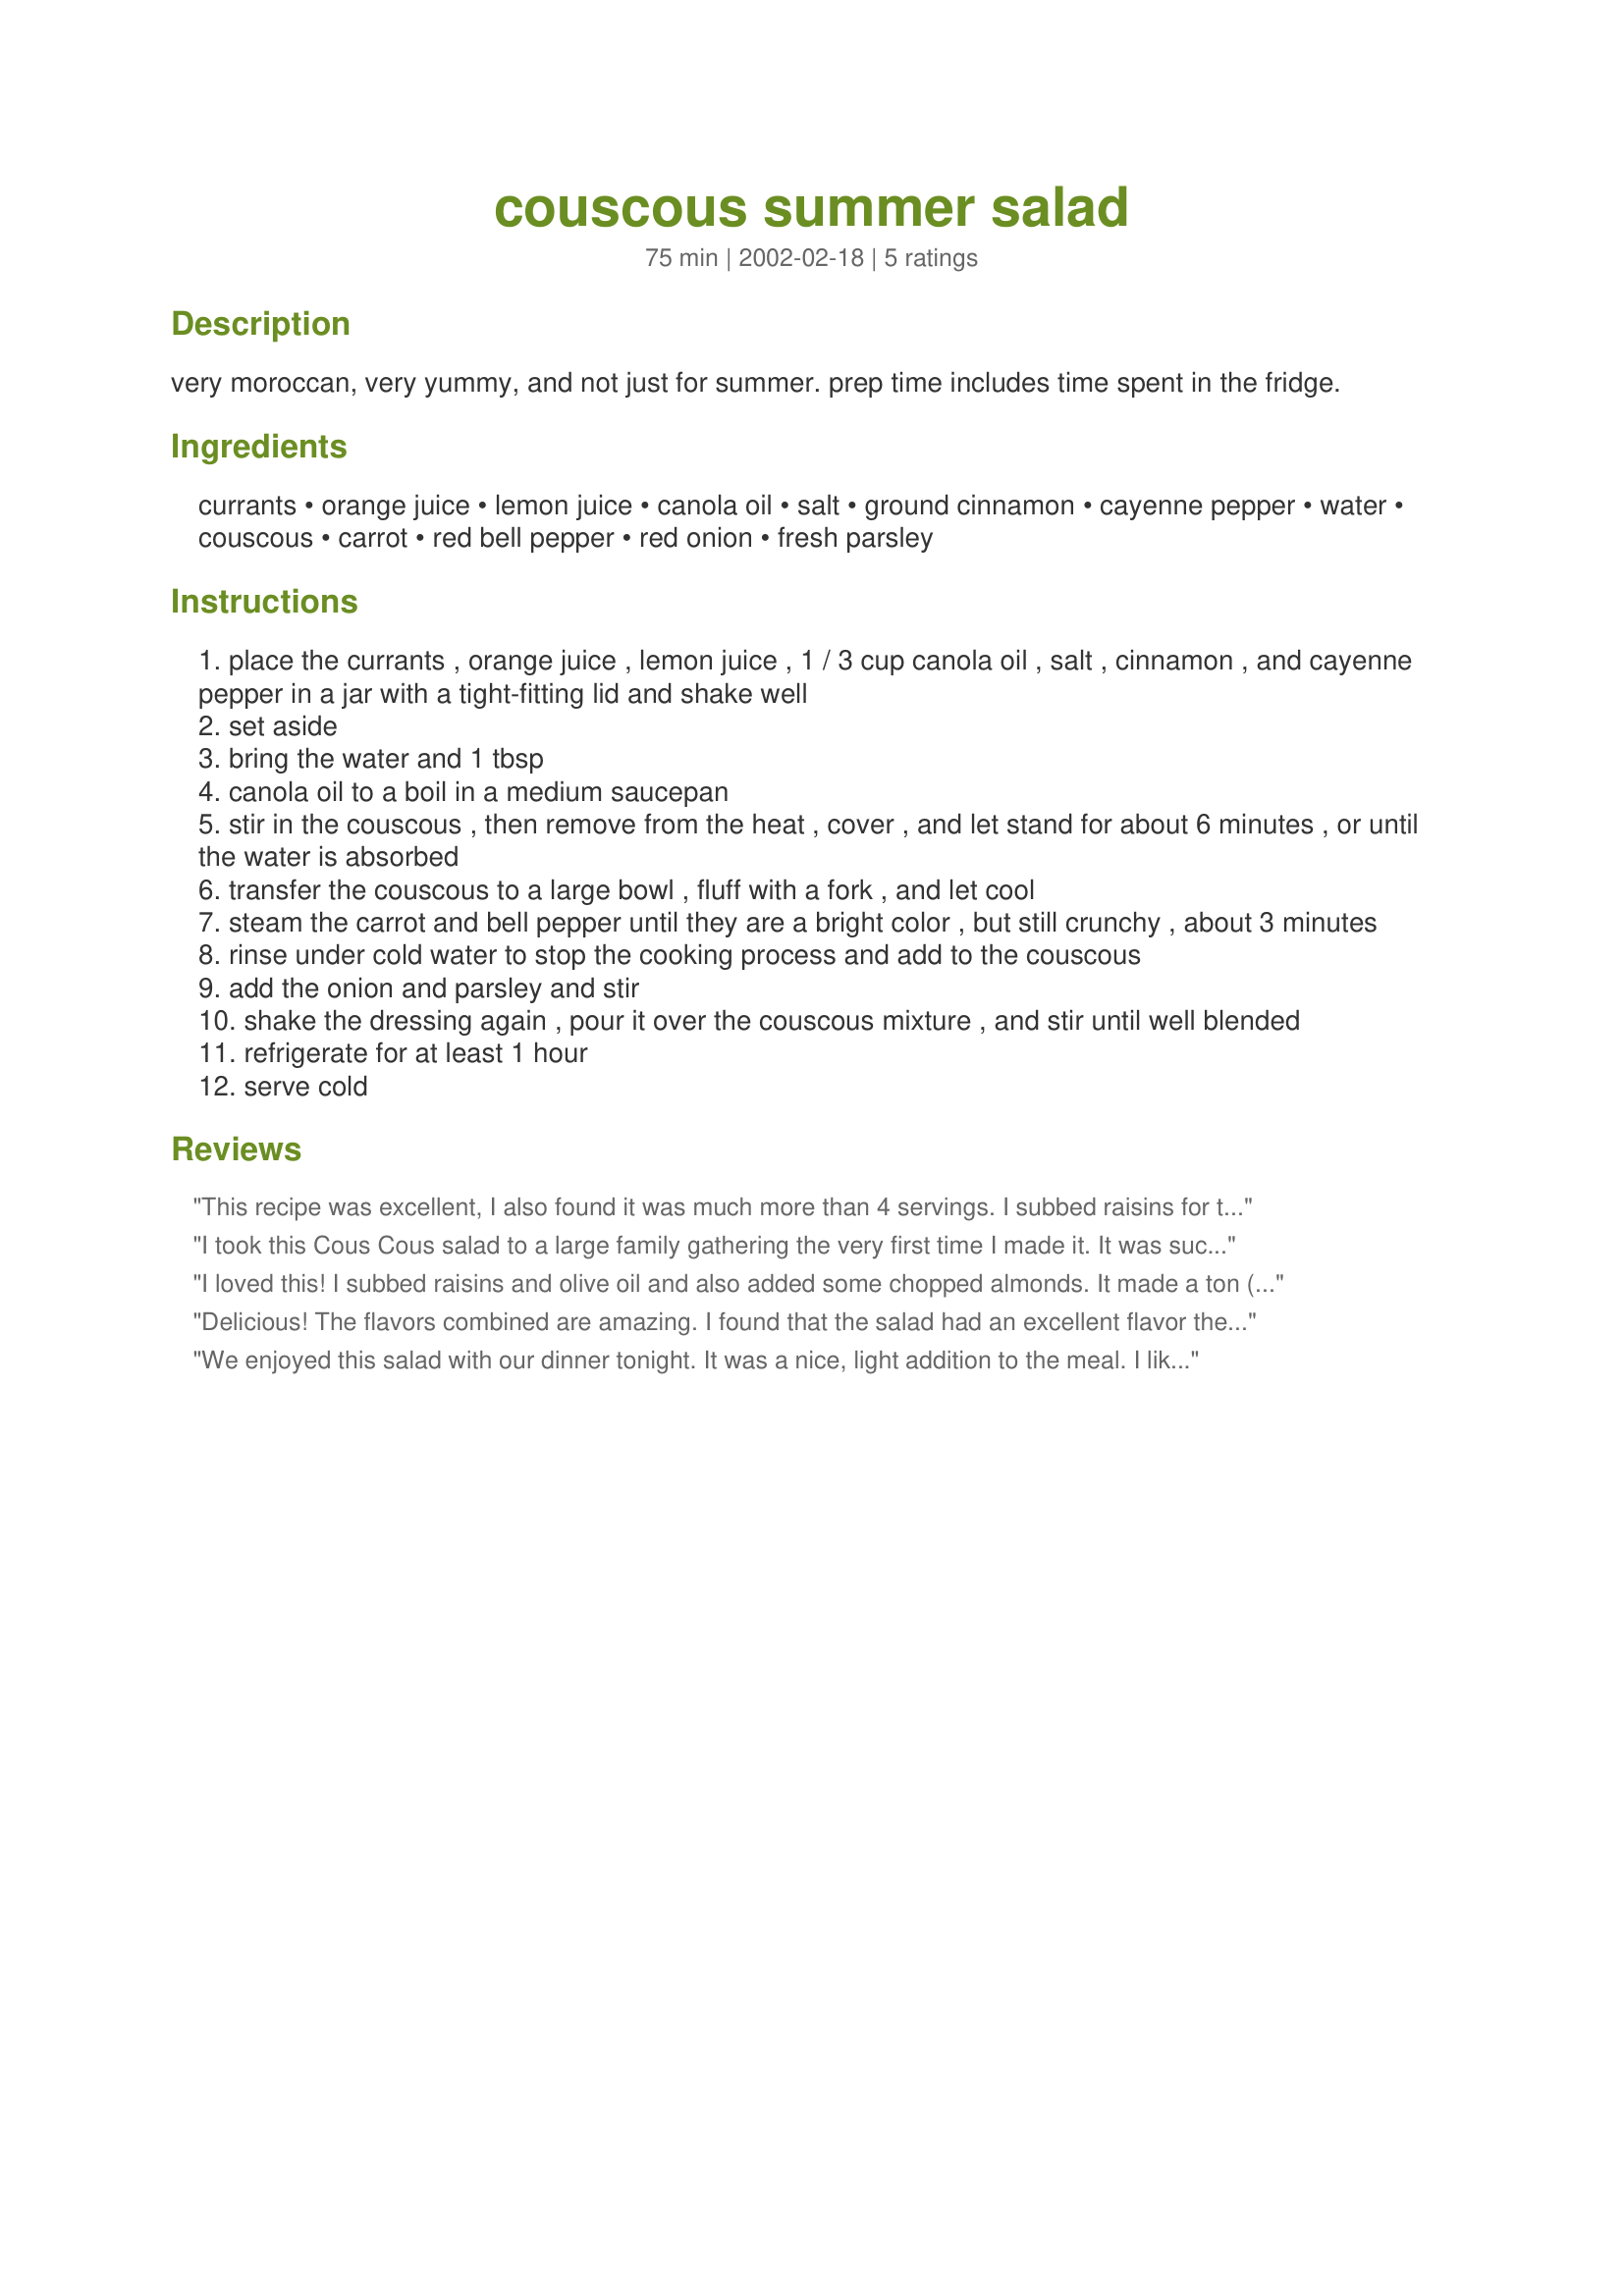
couscous summer salad
Preparation time: 75 minutes

very moroccan, very yummy, and not just for summer. prep time includes time spent in the fridge.

Ingredients:
currants, orange juice, lemon juice, canola oil, salt, ground cinnamon, cayenne pepper, water, couscous, carrot, red bell pepper, red onion, fresh parsley

Steps:
place the currants , orange juice , lemon juice , 1 / 3 cup canola oil , salt , cinnamon , and cayenne pepper in a jar with a tight-fitting lid and shake well
set aside
bring the water and 1 tbsp
canola oil to a boil in a medium saucepan
stir in the couscous , then remove from the heat , cover , and let stand for about 6 minutes , or until the water is absorbed
transfer the couscous to a large bowl , fluff with a fork , and let cool
steam the carrot and bell pepper until they are a bright color , but still crunchy , about 3 minutes
rinse under cold water to stop the cooking process and add to the couscous
add the onion and parsley and stir
shake the dressing again , pour it over the couscous mixture , and stir until well blended
refrigerate for at least 1 hour
serve cold

Reviews:
This recipe was excellent, I also found it was much more than 4 servings. I subbed raisins for the currants as well, and added chopped walnuts. The walnuts gave it an excellent nutty flavor in combination w/ the raisins. It was delicious.
I took this Cous Cous salad to a large family gathering the very first time I made it. It was such a beautiful salad I put it in a glass bowl and received many "Ohhh, that's a beautiful salad, what is it ? " comments. When I mentioned that it was a 'cous cous salad', they took a small spoonful and tried it and immediately came back for more, then for more again...there wasn't any salad left to take home as I had hoped. Young children also came for seconds.
 This salad is very light and almost on the bland side of the scale but it was a delightful addition for the spicy BBQ foods which were in multitudes. The peppers and carrots were a nice crisp texture which contrasted nicely with the cous cous. The raisins added a very nice sweet surprise and the onions again were another wonderful contrast to the raisins. At first taste I thought, this salad needs something else, but believe me it did not. It was "just right" and I would not make any changes to this wonderful salad. I will make this salad regularly and it was put in my book of 'Favorites' the minute I got home from the BBQ.
grammajune Lerch
I loved this! I subbed raisins and olive oil and also added some chopped almonds. It made a ton (6-8 servings) and the flavor is really subtle and delicious. It's a perfect summer dinner. The only thing I'd do differently next time is chop the onion much finer!
Delicious! The flavors combined are amazing. I found that the salad had an excellent flavor the first day, the second day it mellowed out a wee bit. Good recipe! I highly recommend it.
We enjoyed this salad with our dinner tonight. It was a nice, light addition to the meal. I liked that it is made ahead of time; cuts down on chaos during dinner prep. It makes a lot and will be more than 4 servings for us. I subbed raisins for the currants. This will definitely be made again during the summer.
